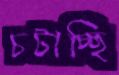
চটাচ্ছি